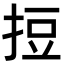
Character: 𢭃